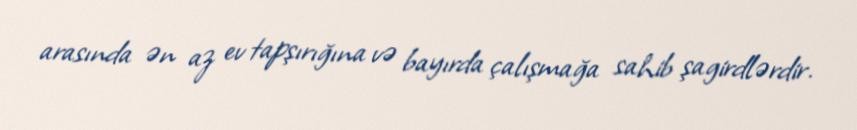
arasında ən az ev tapşırığına və bayırda çalışmağa sahib şagirdlərdir.